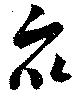
衆